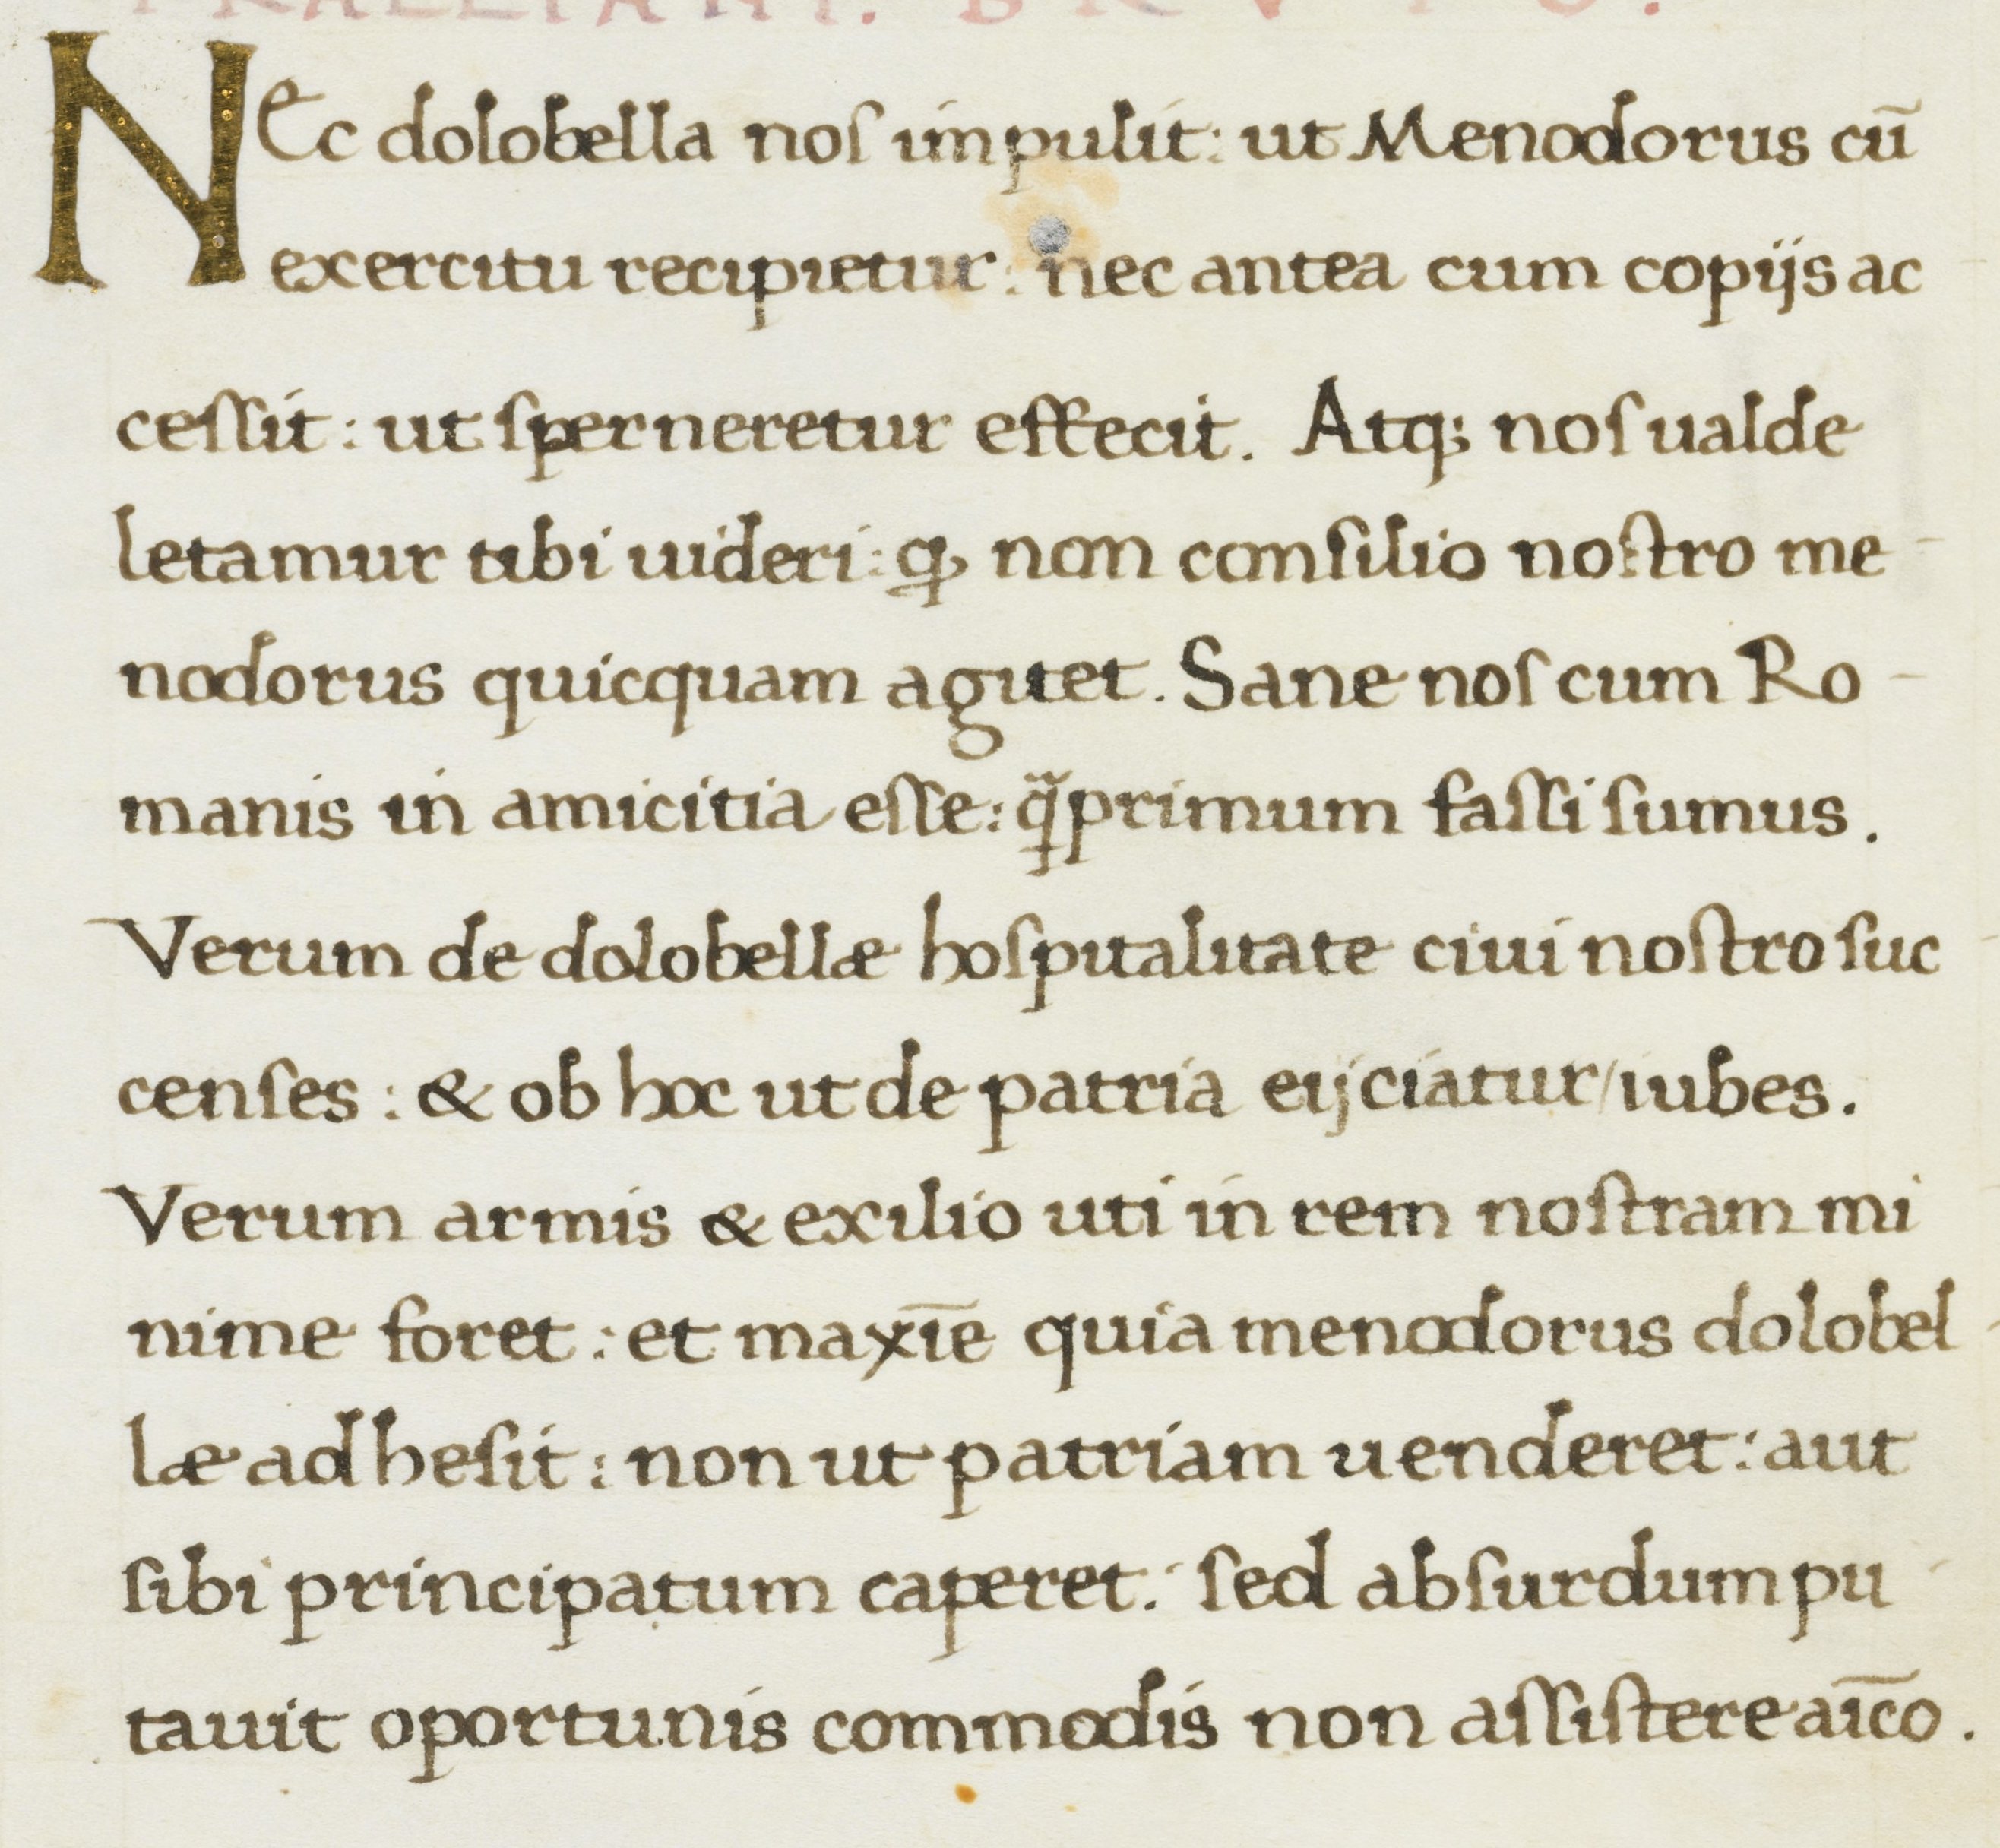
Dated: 1467–1468